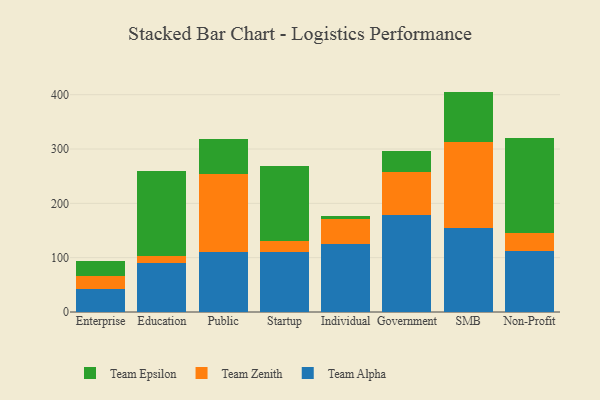
{"axis": {"x": "Segment", "y": "Production Output"}, "legend": ["Team Alpha", "Team Epsilon", "Team Zenith"], "data": [{"x": "Enterprise", "y": 42.6, "type": "Team Alpha"}, {"x": "Enterprise", "y": 22.8, "type": "Team Zenith"}, {"x": "Enterprise", "y": 28.6, "type": "Team Epsilon"}, {"x": "Education", "y": 89.6, "type": "Team Alpha"}, {"x": "Education", "y": 13.7, "type": "Team Zenith"}, {"x": "Education", "y": 156.5, "type": "Team Epsilon"}, {"x": "Public", "y": 111.2, "type": "Team Alpha"}, {"x": "Public", "y": 143.3, "type": "Team Zenith"}, {"x": "Public", "y": 63.2, "type": "Team Epsilon"}, {"x": "Startup", "y": 111.0, "type": "Team Alpha"}, {"x": "Startup", "y": 20.6, "type": "Team Zenith"}, {"x": "Startup", "y": 138.0, "type": "Team Epsilon"}, {"x": "Individual", "y": 126.1, "type": "Team Alpha"}, {"x": "Individual", "y": 44.4, "type": "Team Zenith"}, {"x": "Individual", "y": 5.5, "type": "Team Epsilon"}, {"x": "Government", "y": 177.7, "type": "Team Alpha"}, {"x": "Government", "y": 79.5, "type": "Team Zenith"}, {"x": "Government", "y": 38.7, "type": "Team Epsilon"}, {"x": "SMB", "y": 153.9, "type": "Team Alpha"}, {"x": "SMB", "y": 159.3, "type": "Team Zenith"}, {"x": "SMB", "y": 92.5, "type": "Team Epsilon"}, {"x": "Non-Profit", "y": 113.0, "type": "Team Alpha"}, {"x": "Non-Profit", "y": 32.0, "type": "Team Zenith"}, {"x": "Non-Profit", "y": 176.0, "type": "Team Epsilon"}]}